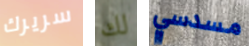
سريرك لك مسدسي